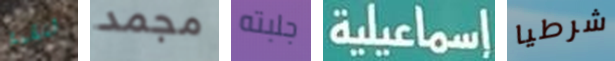
للقمة مجمد جلبته إسماعيلية شرطيا